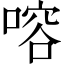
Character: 𠹍